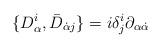
LaTeX: \begin{align*} \{D^{i}_\alpha,\bar D_{\dot\alpha j}\} = i\delta^i_j \partial_{\alpha\dot\alpha}\end{align*}